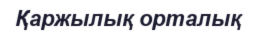
Қаржылық орталық